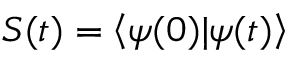
S ( t ) = \left\langle \psi ( 0 ) | \psi ( t ) \right\rangle